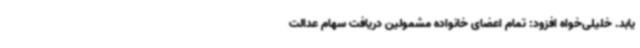
یابد. خلیلی‌خواه افزود: تمام اعضای خانواده مشمولین دریافت سهام عدالت